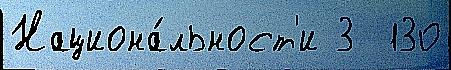
Национа́льност'и 3  130